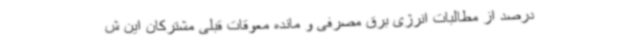
درصد از مطالبات انرژی برق مصرفی و مانده معوقات قبلی مشترکان این ش